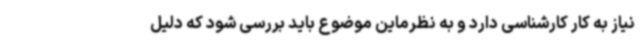
نیاز به کار کارشناسی دارد و به نظرماین موضوع باید بررسی شود که دلیل